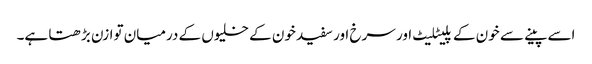
اسے پینے سے خون کے پلیٹلیٹ اور سرخ اور سفید خون کے خلیوں کے درمیان توازن بڑھتا ہے۔